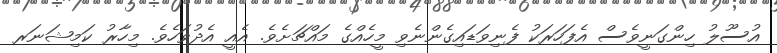
އުސޫލު ހިންގަނީވެސް އެފަހަރަކު ފެނިވަޑައިގެންނެވި މީހެއްގެ މައްޗަށެވެ. އެއީ އެދުވަހެވެ. މިހާރު ކަމިޝަނަރ